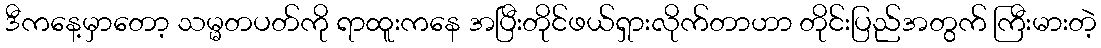
ဒီကနေ့မှာတော့ သမ္မတပတ်ကို ရာထူးကနေ အပြီးတိုင်ဖယ်ရှားလိုက်တာဟာ တိုင်းပြည်အတွက် ကြီးမားတဲ့